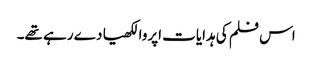
اس فلم کی ہدایات اپروا لکھیا دے رہے تھے۔